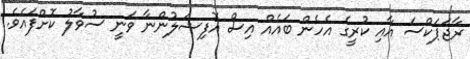
ރާޖަޕަކްސަ އާއި ކުރީގެ އެހެން ބައެއް އިސް އޮފިޝަލުންނާ ވަނީ ސުވާލު ކޮށްފައެވެ.